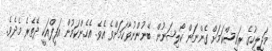
މަޖިލީހުގެ ރައީސްކަމަށް ގެންނަން ކޯލިޝަނުން ބޭނުންނުވާކަމަށްވެ އެވެ. އެހެންކަމުން އަފީފްއަކީ ދޭތެރެ މެދެވެ.